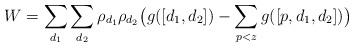
LaTeX: \begin{align*} W = \sum_{d_1}\sum_{d_2}\rho_{d_1}\rho_{d_2}\bigl(g([d_1,d_2])-\sum_{p<z}g([p,d_1,d_2])\bigr)\end{align*}